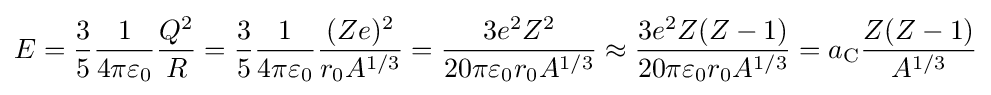
E={\frac {3}{5}}{\frac {1}{4\pi \varepsilon _{0}}}{\frac {Q^{2}}{R}}={\frac {3}{5}}{\frac {1}{4\pi \varepsilon _{0}}}{\frac {(Ze)^{2}}{r_{0}A^{1/3}}}={\frac {3e^{2}Z^{2}}{20\pi \varepsilon _{0}r_{0}A^{1/3}}}\approx {\frac {3e^{2}Z(Z-1)}{20\pi \varepsilon _{0}r_{0}A^{1/3}}}=a_{\text{C}}{\frac {Z(Z-1)}{A^{1/3}}}